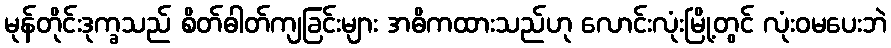
မုန်တိုင်းဒုက္ခသည် စိတ်ဓါတ်ကျခြင်းများ အဓိကထားသည်ဟု လောင်းလုံးမြို့တွင် လုံးဝမပေးဘဲ